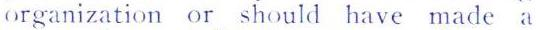
organization or should have made a